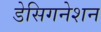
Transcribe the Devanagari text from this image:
डेसिगनेशन